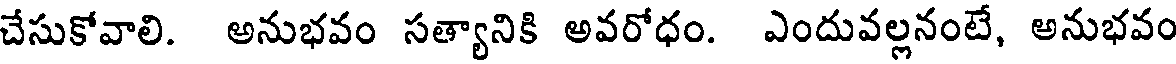
చేసుకోవాలి. అనుభవం సత్యానికి అవరోధం. ఎందువల్లనంటే, అనుభవం